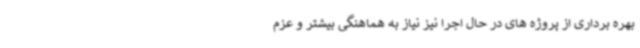
بهره برداری از پروژه های در حال اجرا نیز نیاز به هماهنگی بیشتر و عزم